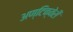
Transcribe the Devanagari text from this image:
अण्टिक्वेरी